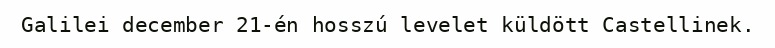
Galilei december 21-én hosszú levelet küldött Castellinek.